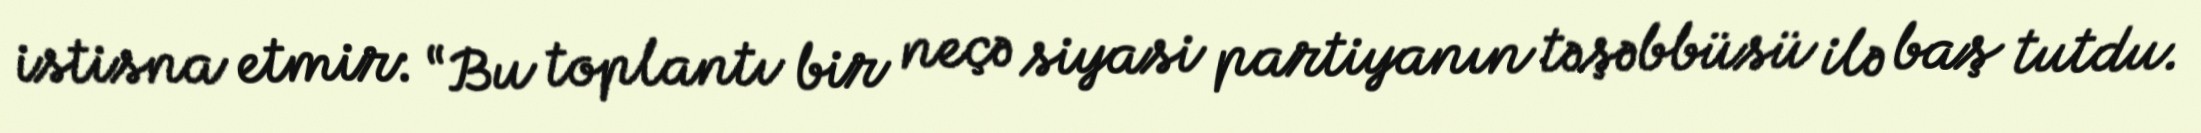
istisna etmir: “Bu toplantı bir neçə siyasi partiyanın təşəbbüsü ilə baş tutdu.